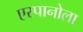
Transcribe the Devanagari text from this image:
एस्पानोला